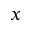
x